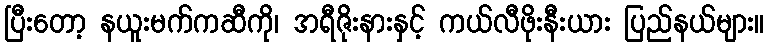
ပြီးတော့ နယူးမက်ကဆီကို၊ အရီဇိုးနားနှင့် ကယ်လီဖိုးနီးယား ပြည်နယ်များ။